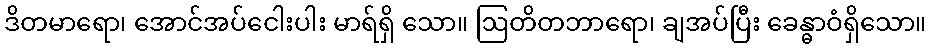
ဒိတမာရော၊ အောင်အပ်ငေါးပါး မာရ်ရှိ သော။ ဩတိတဘာရော၊ ချအပ်ပြီး ခေန္ဓာဝံရှိသော။